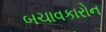
બચાવકારોન